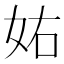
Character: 𡛮